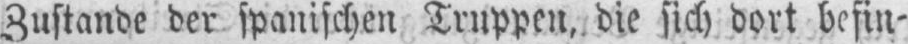
Zustande der spanischen Truppen, die sich dort befin⸗